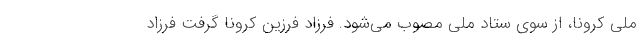
ملی کرونا، از سوی ستاد ملی مصوب می‌شود. فرزاد فرزین کرونا گرفت فرزاد